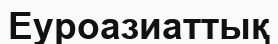
Еуроазиаттық